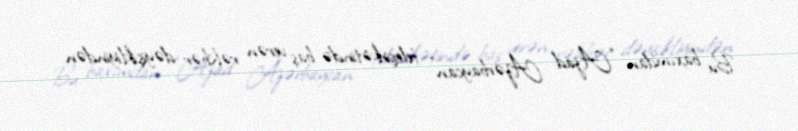
Bu baxımdan “Azad Azərbaycan” teleşirkətində baş verən rəhbər dəyişikliyindən